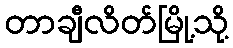
တာချီလိတ်မြို့သို့